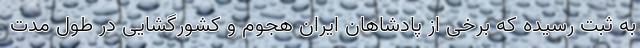
به ثبت رسیده که برخی از پادشاهان ایران هجوم و کشورگشایی در طول مدت